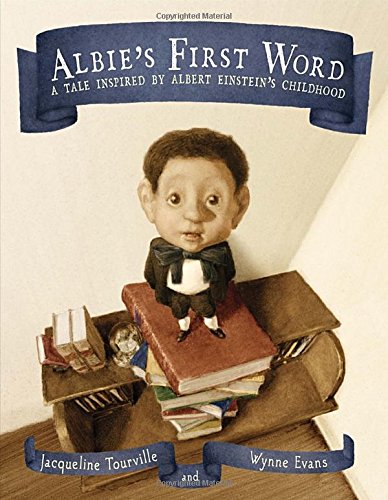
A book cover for Albie's First Word: A Tale Inspired by Albert Einstein's Childhood; Jacqueline Tourville; Children's Books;